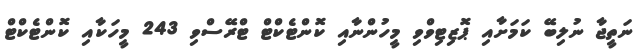
ނަތީޖާ ނުލިބޭ ކަމަށާއި ޕޮޒިޓިވްވި މީހުންނާއި ކޮންޓެކްޓް ޓްރޭސްވި 243 މީހަކާއި ކޮންޓެކްޓް